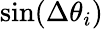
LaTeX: \mathrm{sin}(\Delta\theta_{i})